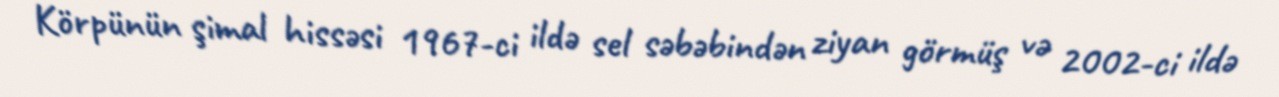
Körpünün şimal hissəsi 1967-ci ildə sel səbəbindən ziyan görmüş və 2002-ci ildə